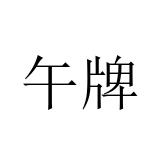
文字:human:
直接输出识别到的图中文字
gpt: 午牌